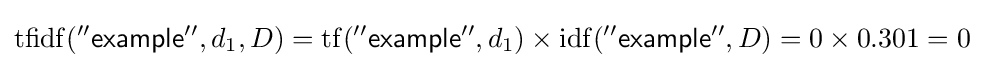
\mathrm {tfidf} ({\mathsf {''example''}},d_{1},D)=\mathrm {tf} ({\mathsf {''example''}},d_{1})\times \mathrm {idf} ({\mathsf {''example''}},D)=0\times 0.301=0